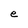
Character: e